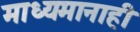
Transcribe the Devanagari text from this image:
माध्यमानाही